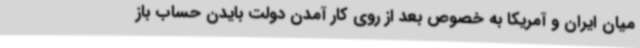
میان ایران و آمریکا به خصوص بعد از روی کار آمدن دولت بایدن حساب باز